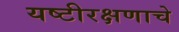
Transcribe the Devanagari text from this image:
यष्टीरक्षणाचे